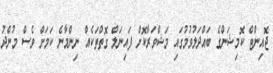
ޖޮއިންޓް ކޮމިޝަންގެ ބައްދަލުވުމުގައި މަޝްވަރާކޮށް ފައިނަލް ގޮތްތަކެއް ނިންމާނެ ކަމަށް ވެސް މުންދު